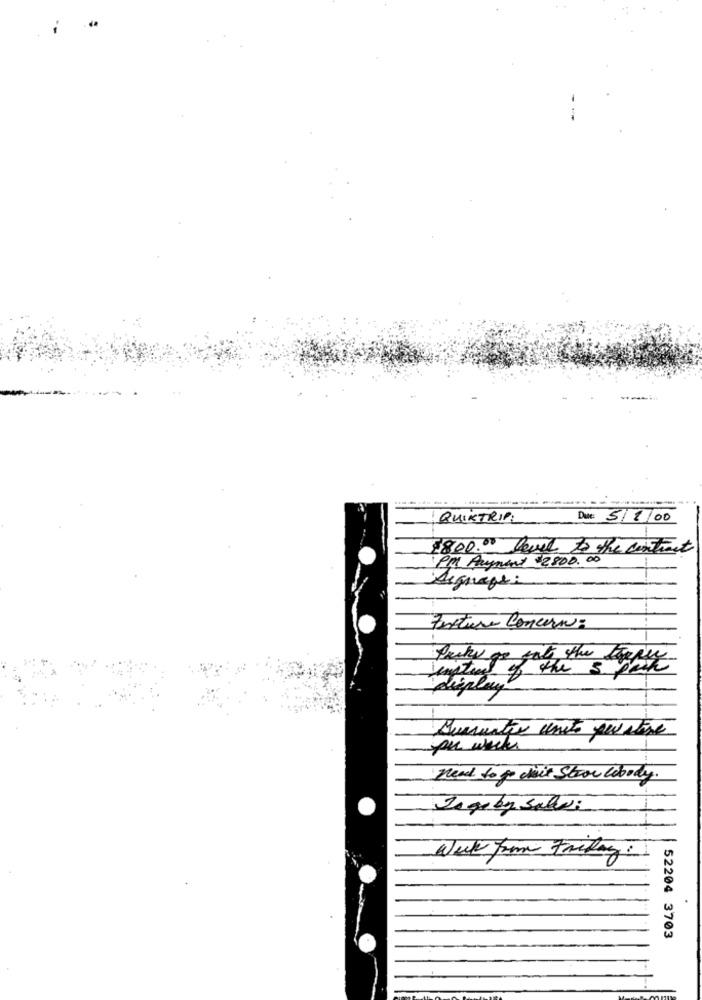
QUIKTRIP
Date: 5/2/00
1800.00 level to the contract
PM Aument '2800.00
Segueps:
texture Concern:
Pecky os ents the topper
of the 3 pek
display
Durante unité perative
need to je chait Stron lobody.
Inge by salvi
Week from Friday
52204 3703